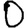
Digit: 0